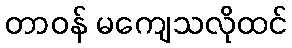
တာဝန် မကျေသလိုထင်